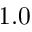
1 . 0